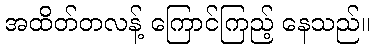
အထိတ်တလန့် ကြောင်ကြည့် နေသည်။